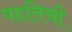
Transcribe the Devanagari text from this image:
पद्दतिची